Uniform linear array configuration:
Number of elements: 24
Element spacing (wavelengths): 0.5
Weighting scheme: kaiser
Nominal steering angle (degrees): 30
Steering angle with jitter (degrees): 30.809
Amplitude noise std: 0.05
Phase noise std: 0.05

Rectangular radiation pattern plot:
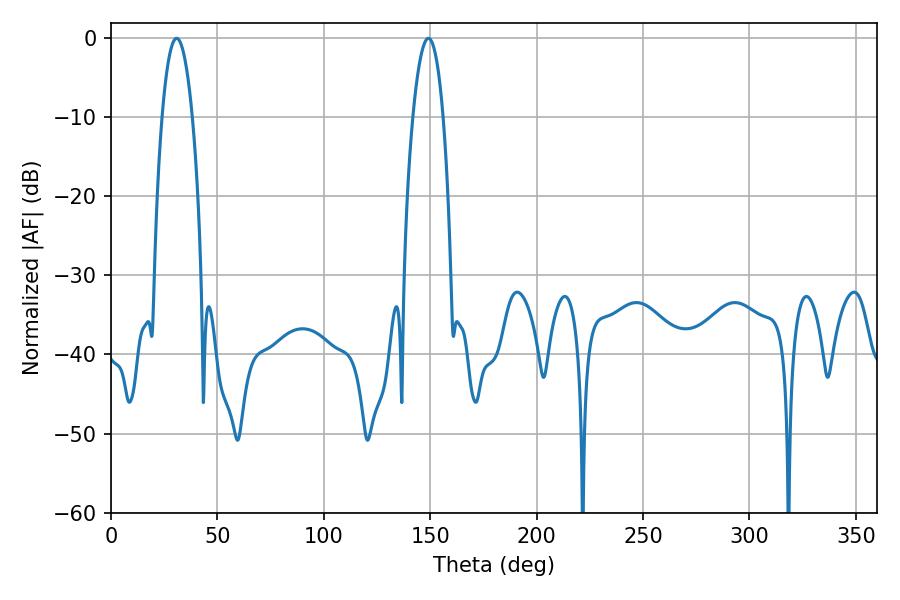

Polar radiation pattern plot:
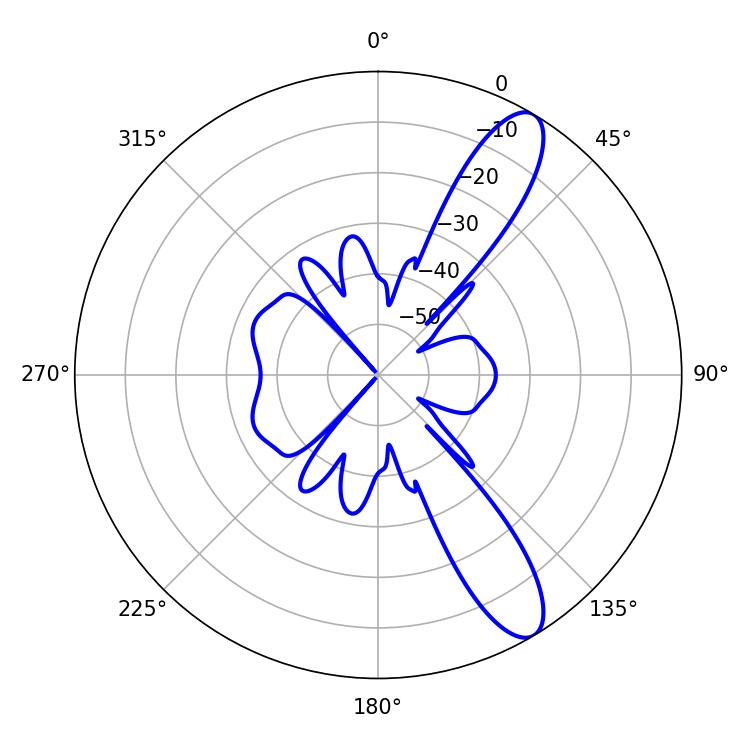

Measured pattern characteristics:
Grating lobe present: FALSE
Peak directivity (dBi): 11.214
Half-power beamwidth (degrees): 7.92
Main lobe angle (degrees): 30.78